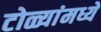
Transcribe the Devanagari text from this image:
टोळ्यांमध्ये